Lunatic asylums Bombay report 1891-1903 - 1891-1903
Year: 1891
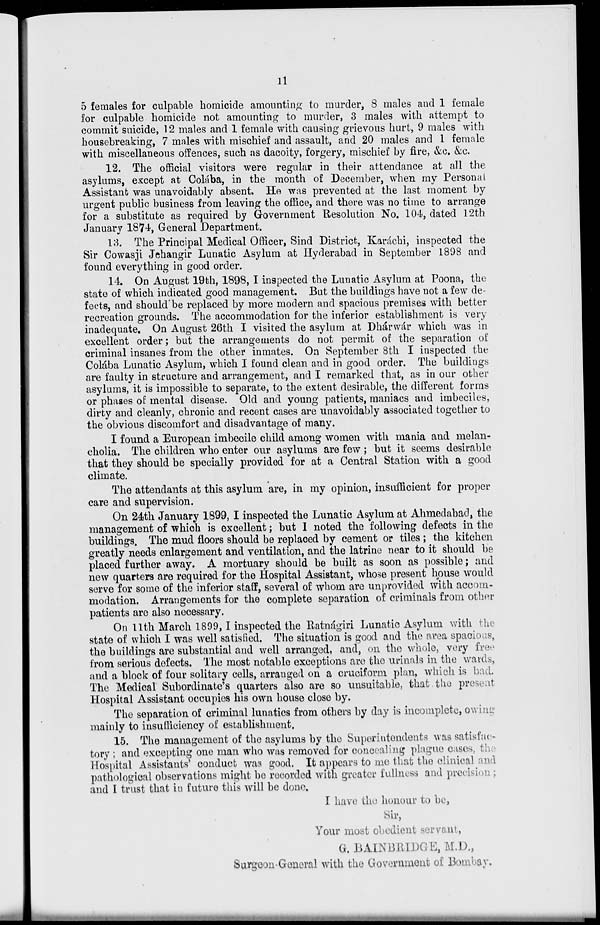
11
5 females for culpable homicide amounting to murder, 8 males and 1 female
for culpable homicide not amounting to murder, 3 males with attempt to
commit suicide, 12 males and 1 female with causing grievous hurt, 9 males with
housebreaking, 7 males with mischief and assault, and 20 males and 1 female
with miscellaneous offences, such as dacoity, forgery, mischief by fire, &c. &c.
12. The official visitors were regular in their attendance at all the
asylums, except at Colába, in the month of December, when my Personal
Assistant was unavoidably absent. He was prevented at the last moment by
urgent public business from leaving the office, and there was no time to arrange
for a substitute as required by Government Resolution No. 104, dated 12th
January 1874, General Department.
13. The Principal Medical Officer, Sind District, Karáchi, inspected the
Sir Cowasji Jehangir Lunatic Asylum at Hyderabad in September 1898 and
found everything in good order.
14. On August 19th, 1898, I inspected the Lunatic Asylum at Poona, the
state of which indicated good management. But the buildings have not a few de-
fects, and should be replaced by more modern and spacious premises with better
recreation grounds. The accommodation for the inferior establishment is very
inadequate. On August 26th I visited the asylum at Dhárwár which was in
excellent order; but the arrangements do not permit of the separation of
criminal insanes from the other inmates. On September 8th I inspected the
Colába Lunatic Asylum, which I found clean and in good order. The buildings
are faulty in structure and arrangement, and I remarked that, as in our other
asylums, it is impossible to separate, to the extent desirable, the different forms
or phases of mental disease. Old and young patients, maniacs and imbeciles,
dirty and cleanly, chronic and recent cases are unavoidably associated together to
the obvious discomfort and disadvantage of many.
I found a European imbecile child among women with mania and melan-
cholia. The children who enter our asylums are few; but it seems desirable
that they should be specially provided for at a Central Station with a good
climate.
The attendants at this asylum are, in my opinion, insufficient for proper
care and supervision.
On 24th January 1899, I inspected the Lunatic Asylum at Ahmedabad, the
management of which is excellent; but I noted the following defects in the
buildings. The mud floors should be replaced by cement or tiles ; the kitchen
greatly needs enlargement and ventilation, and the latrine near to it should be
placed further away. A mortuary should be built as soon as possible; and
new quarters are required for the Hospital Assistant, whose present house would
serve for some of the inferior staff, several of whom are unprovided with accom-
modation. Arrangements for the complete separation of criminals from other
patients are also necessary.
On 11th March 1899, I inspected the Ratnágiri Lunatic Asylum with the
state of which I was well satisfied. The situation is good and the area spacious,
the buildings are substantial and well arranged, and, on the whole, very free
from serious defects. The most notable exceptions are the urinals in the wards,
and a block of four solitary cells, arranged on a cruciform plan, which is bad.
The Medical Subordinate's quarters also are so unsuitable, that the present
Hospital Assistant occupies his own house close by.
The separation of criminal lunatics from others by day is incomplete, owing
mainly to insufficiency of establishment.
15. The management of the asylums by the Superintendents was satisfac-
tory ; and excepting one man who was removed for concealing plague cases, the
Hospital Assistants' conduct was good. It appears to me that the clinical and
pathological observations might be recorded with greater fullness and precision;
and I trust that in future this will be done.
I have the honour to be,
Sir,
Your most obedient servant,
G. BAINBRIDGE, M.D.,
Surgeon-General with the Government of Bombay.